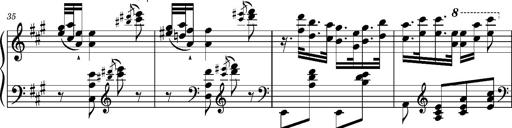
Title: Ungarischer Romanzero
Composer: Franz Liszt